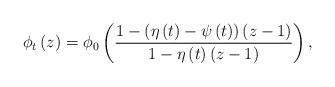
LaTeX: \begin{align*}\phi _{t}\left( z\right) =\phi _{0}\left( \frac{1-\left( \eta \left(t\right) -\psi \left( t\right) \right) \left( z-1\right) }{1-\eta \left(t\right) \left( z-1\right) }\right) , \end{align*}